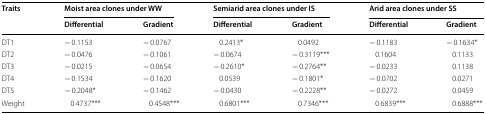
<table><thead><tr><td rowspan="2"><b>Traits</b></td><td colspan="2"><b>Moist area clones under WW</b></td><td colspan="2"><b>Semiarid area clones under IS</b></td><td colspan="2"><b>Arid area clones under SS</b></td></tr><tr><td><b>Differential</b></td><td><b>Gradient</b></td><td><b>Differential</b></td><td><b>Gradient</b></td><td><b>Differential</b></td><td><b>Gradient</b></td></tr></thead><tbody><tr><td>DT1</td><td>− 0.1153</td><td>− 0.0767</td><td>0.2413*</td><td>0.0492</td><td>− 0.1183</td><td>− 0.1634*</td></tr><tr><td>DT2</td><td>− 0.0476</td><td>− 0.1061</td><td>− 0.0674</td><td>− 0.3119***</td><td>0.1604</td><td>0.1133</td></tr><tr><td>DT3</td><td>− 0.0215</td><td>− 0.0654</td><td>− 0.2610*</td><td>− 0.2764**</td><td>− 0.0233</td><td>0.1138</td></tr><tr><td>DT4</td><td>− 0.1534</td><td>− 0.1620</td><td>0.0539</td><td>− 0.1801*</td><td>− 0.0702</td><td>0.0271</td></tr><tr><td>DT5</td><td>− 0.2048*</td><td>− 0.1462</td><td>− 0.0430</td><td>− 0.2228**</td><td>− 0.0272</td><td>0.0459</td></tr><tr><td>Weight</td><td>0.4737***</td><td>0.4548***</td><td>0.6801***</td><td>0.7346***</td><td>0.6839***</td><td>0.6888***</td></tr></tbody></table>